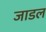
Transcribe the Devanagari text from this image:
जाडल